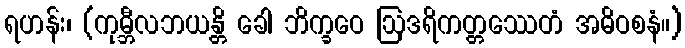
ရဟန်း၊ (ကုမ္ဘီလဘယန္တိ ခေါ ဘိက္ခဝေ ဩဒရိကတ္တဿေတံ အဓိဝစနံ။)